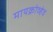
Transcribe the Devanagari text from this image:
मायक्रोव्हेव